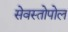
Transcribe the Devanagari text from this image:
सेवस्तोपोल